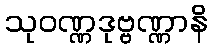
သုဝဏ္ဏဒုဗ္ဗဏ္ဏာနိ